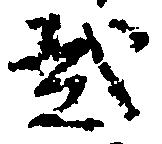
弐